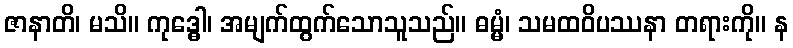
ဇာနာတိ၊ မသိ။ ကုဒ္ဓေါ၊ အမျက်ထွက်သောသူသည်။ ဓမ္မံ၊ သမထဝိပဿနာ တရားကို။ န